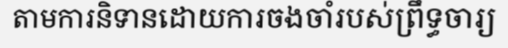
តាមការនិទានដោយការចងចាំរបស់ព្រឹទ្ធចារ្យ